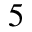
5